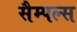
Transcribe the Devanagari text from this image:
सैम्पल्स